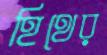
হিথের